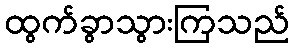
ထွက်ခွာသွားကြသည်